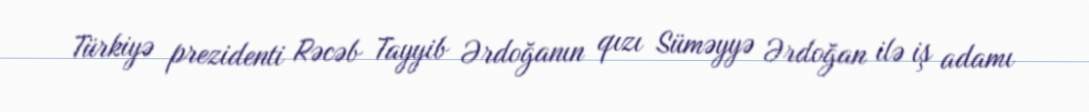
Türkiyə prezidenti Rəcəb Tayyib Ərdoğanın qızı Süməyyə Ərdoğan ilə iş adamı